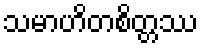
သမာဟိတစိတ္တဿ